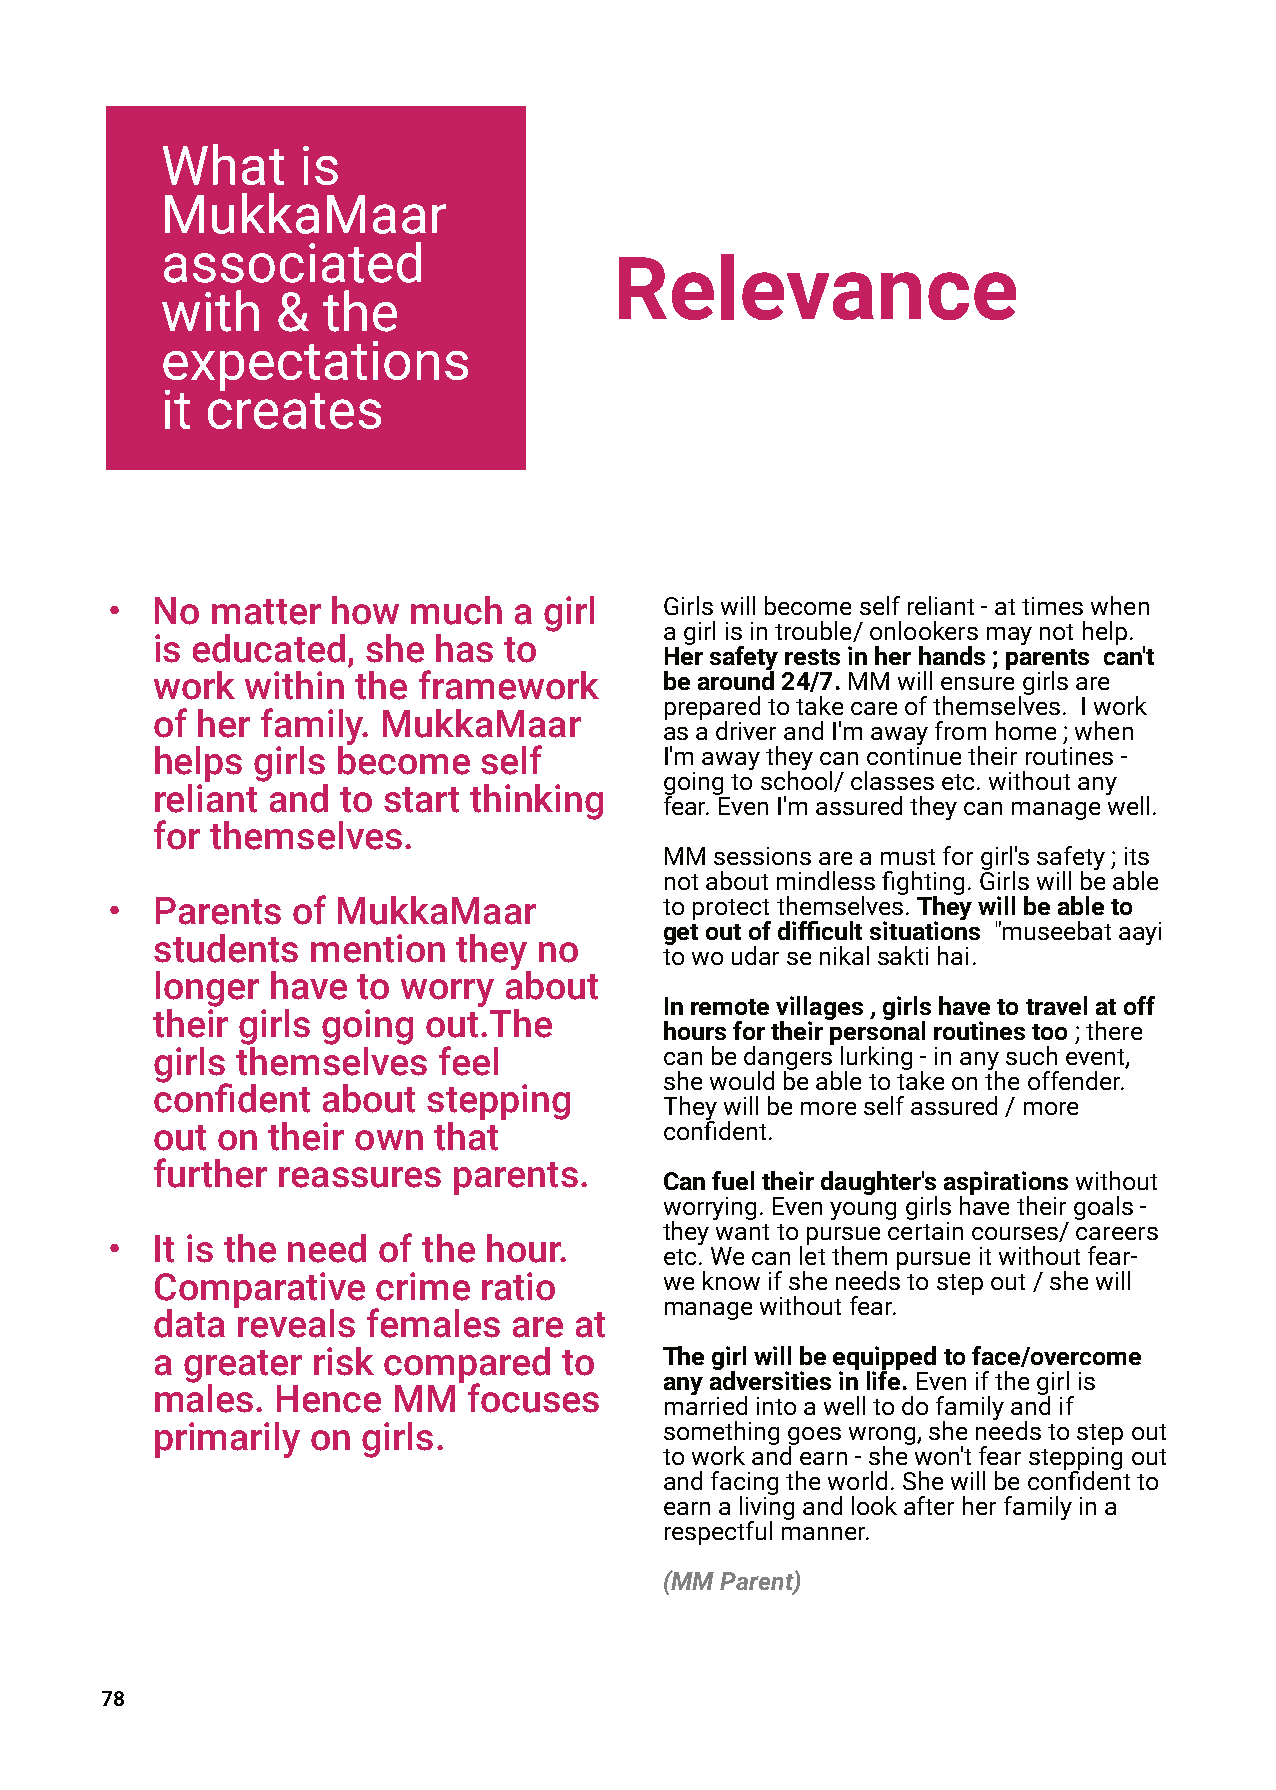
What     is
 MukkaMaar
 associated
 Relevance
 with   &  the
 expectations
 it creates
 •  No  matter  how  much   a girl    Girlswillbecomeselfreliant-attimeswhen
 agirlisintrouble/onlookersmaynothelp.
 is educated,  she  has to
 Hersafetyrestsinherhands;parents can't
 work  within  the framework       bearound24/7.MMwillensuregirlsare
 preparedtotakecareofthemselves. Iwork
 of her family. MukkaMaar
 asadriverandI'mawayfromhome;when
 helps  girls become   self        I'mawaytheycancontinuetheirroutines-
 goingtoschool/classesetc.withoutany
 reliant and  to start thinking
 fear.EvenI'massuredtheycanmanagewell.
 for themselves.
 MMsessionsareamustforgirl'ssafety;its
 notaboutmindlessfighting.Girlswillbeable
 •  Parents  of MukkaMaar             toprotectthemselves.Theywillbeableto
 getoutofdifficultsituations "museebataayi
 students  mention   they  no
 towoudarsenikalsaktihai.
 longer  have  to worry about
 Inremotevillages,girlshavetotravelatoff
 their girls going out.The
 hoursfortheirpersonalroutinestoo;there
 girls themselves   feel           canbedangerslurking-inanysuchevent,
 shewouldbeabletotakeontheoffender.
 confident  about  stepping
 Theywillbemoreselfassured/more
 out on  their own  that           confident.
 further reassures   parents.
 Canfueltheirdaughter'saspirationswithout
 worrying.Evenyounggirlshavetheirgoals-
 theywanttopursuecertaincourses/careers
 •  It is the need of the hour.
 etc.Wecanletthempursueitwithoutfear-
 Comparative    crime  ratio       weknowifsheneedstostepout/shewill
 managewithoutfear.
 data  reveals females   are at
 a greater  risk compared   to     Thegirlwillbeequippedtoface/overcome
 anyadversitiesinlife.Evenifthegirlis
 males.  Hence   MM   focuses
 marriedintoawelltodofamilyandif
 primarily  on girls.              somethinggoeswrong,sheneedstostepout
 toworkandearn-shewon'tfearsteppingout
 andfacingtheworld.Shewillbeconfidentto
 earnalivingandlookafterherfamilyina
 respectfulmanner.
 (MMParent)
 78